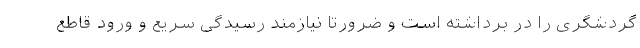
گردشگری را در برداشته است و ضرورتا نیازمند رسیدگی سریع و ورود قاطع